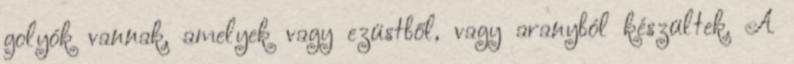
golyók vannak, amelyek vagy ezüstből, vagy aranyból készültek. A